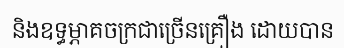
និងឧទ្ធម្ភាគចក្រជាច្រើនគ្រឿង ដោយបាន